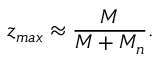
z _ { m a x } \approx \frac { M } { M + M _ { n } } .